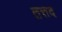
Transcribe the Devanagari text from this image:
तत्तद